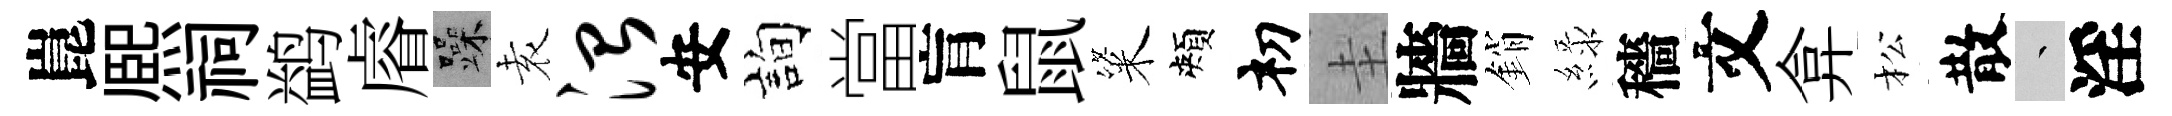
崑熈祠鹢𥈠躁𡊮治安詢當肓鼠粢頰𥘉圭牆銷緑穡文弇松散叢淫